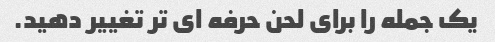
یک جمله را برای لحن حرفه ای تر تغییر دهید.